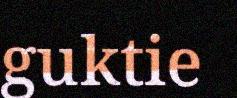
guktie